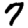
Digit: 7